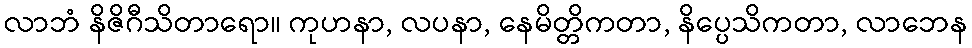
လာဘံ နိဇိဂီသိတာရော။ ကုဟနာ, လပနာ, နေမိတ္တိကတာ, နိပ္ပေသိကတာ, လာဘေန